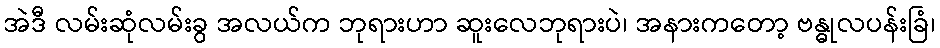
အဲဒီ လမ်းဆုံလမ်းခွ အလယ်က ဘုရားဟာ ဆူးလေဘုရားပဲ၊ အနားကတော့ ဗန္ဓုလပန်းခြံ၊